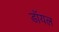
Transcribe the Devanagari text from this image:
डाॅयल